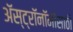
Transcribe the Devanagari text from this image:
अॅस्ट्रॉनॉमीसाठी